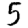
Digit: 5